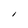
Character: I